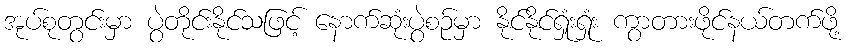
အုပ်စုတွင်းမှာ ပွဲတိုင်းနိုင်သဖြင့် နောက်ဆုံးပွဲစဉ်မှာ နိုင်နိုင်ရှုံးရှုံး ကွာတားဖိုင်နယ်တက်ဖို့